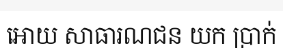
អោយ សាធារណជន យក ប្រាក់